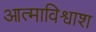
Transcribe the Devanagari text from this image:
आत्माविश्वाश